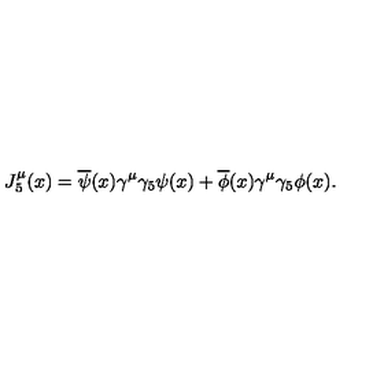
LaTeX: J _ { 5 } ^ { \mu } ( x ) = \overline { { \psi } } ( x ) \gamma ^ { \mu } \gamma _ { 5 } \psi ( x ) + \overline { { \phi } } ( x ) \gamma ^ { \mu } \gamma _ { 5 } \phi ( x ) .